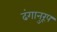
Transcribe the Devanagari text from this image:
ढंगानुरूप